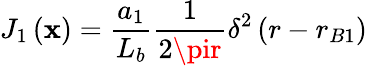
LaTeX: J_{1}\left(\mathbf{x}\right)={\frac{{a_{1}}}{{L_{b}}}}{\frac{{1}}{{2\pir}}}\delta^{2}\left(r-r_{B1}\right)